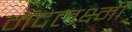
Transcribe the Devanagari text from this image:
मदलक्ष्मी